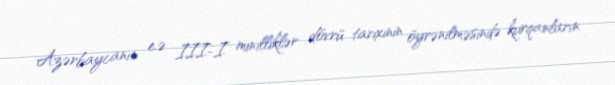
Azərbaycanın e.ə III-I minilliklər dövrü tarixinin öyrənilməsində kurqanların